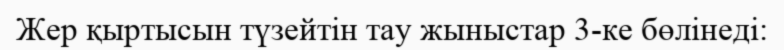
Жер қыртысын түзейтін тау жыныстар 3-ке бөлінеді: